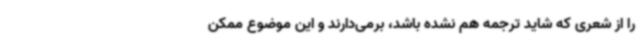
را از شعری که شاید ترجمه هم نشده باشد، برمی‌دارند و این موضوع ممکن